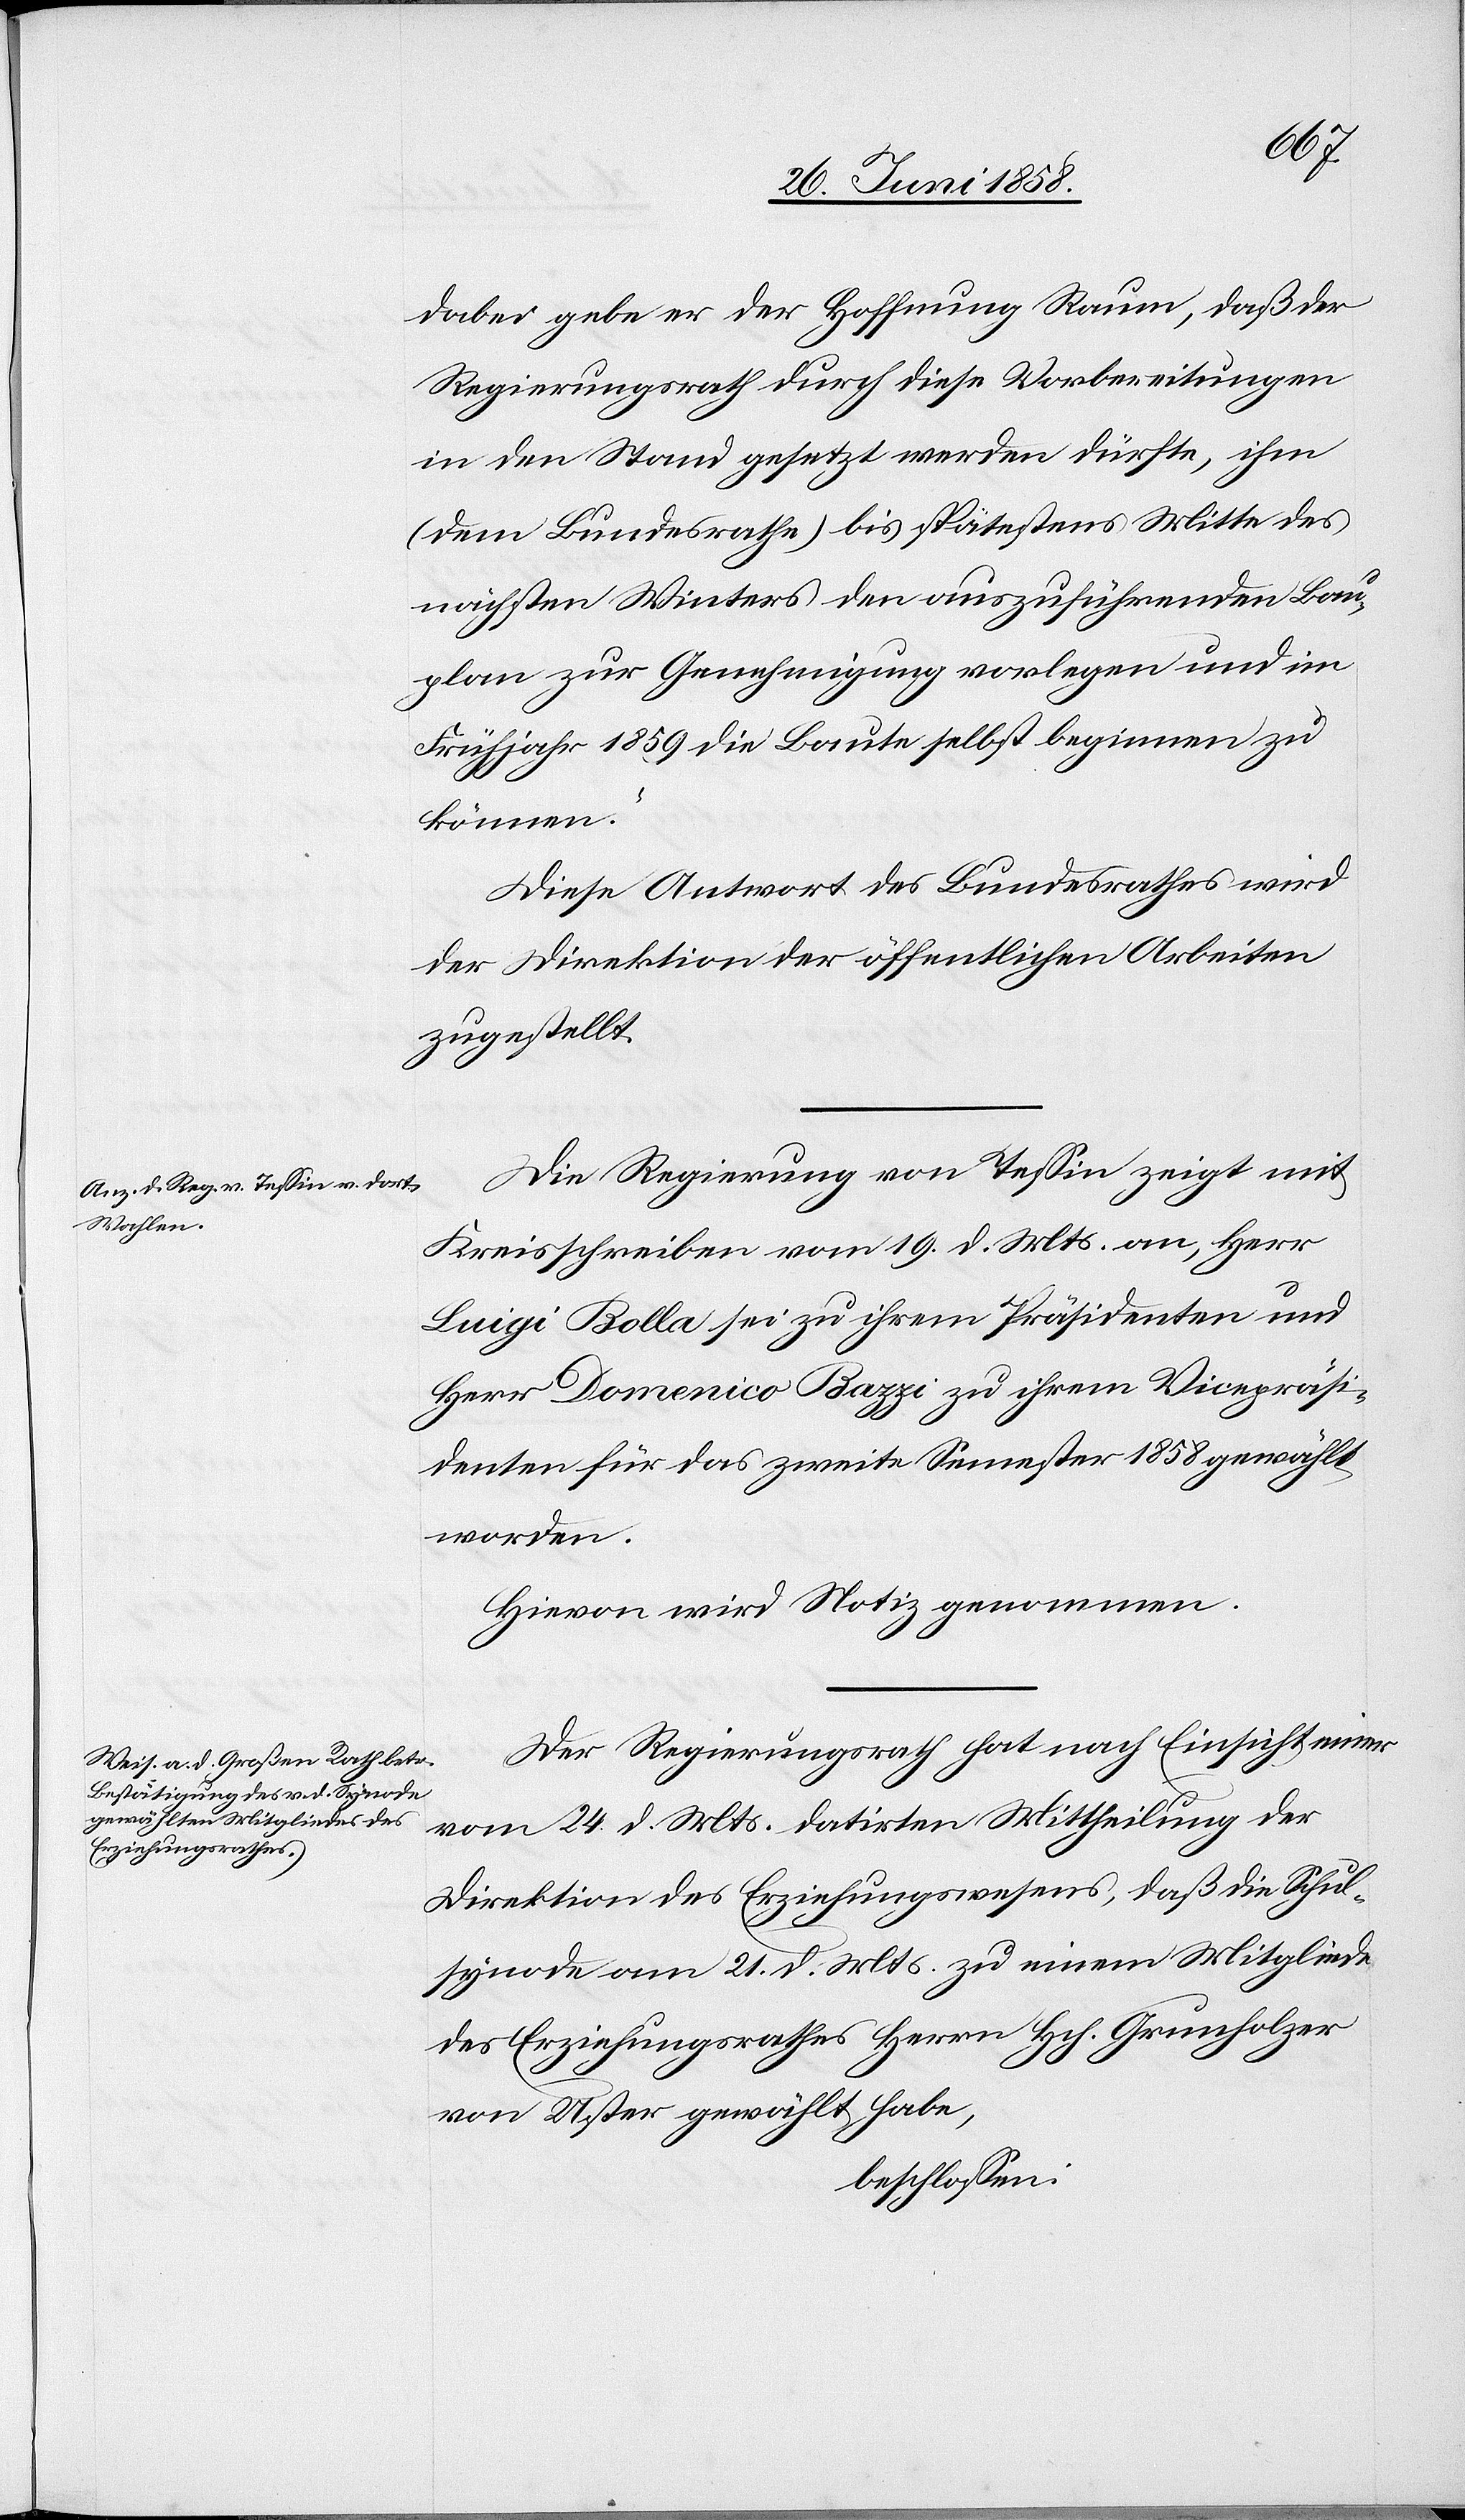
dabei gebe er der Hoffnung Raum, daß der
Regierungsrath durch diese Vorbereitungen
in den Stand gesetzt werden dürfte, ihm
(dem Bundesrathe) bis spätestens Mitte des
nächsten Winters den auszuführenden Bau¬
plan zur Genehmigung vorlegen und im
Frühjahr 1859 die Baute selbst beginnen zu
können.“
Diese Antwort des Bundesrathes wird
der Direktion der öffentlichen Arbeiten
zugestellt.
Die Regierung von Tessin zeigt mit
Kreisschreiben vom 19. d. Mts. an, Herr
Luigi Bolla sei zu ihrem Präsidenten und
Herr Domenico Bazzi zu ihrem Vicepräsi¬
denten für das zweite Semester 1858 gewählt
worden.
Hievon wird Notiz genommen.
Der Regierungsrath hat nach Einsicht einer
vom 24. d. Mts. datirten Mittheilung der
Direktion des Erziehungswesens, daß die Schul¬
synode am 21. d. Mts. zu einem Mitgliede
des Erziehungsrathes Herrn Hch. Grunholzer
von Uster gewählt habe,
beschlossen: